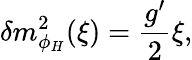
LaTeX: \delta m_{\phi_{H}}^{2}(\xi)={\frac{g^{\prime}}{2}}\xi,